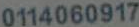
0114060917